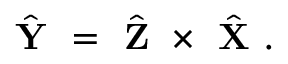
\hat { \textbf { Y } } = \hat { \textbf { Z } } \times \hat { \textbf { X } } .